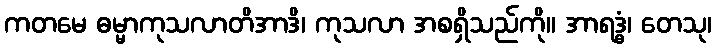
ကတမေ ဓမ္မာကုသလာတိအာဒိ၊ ကုသလာ အစရှိသည်ကို။ အာရဒ္ဓံ၊ တေသု၊